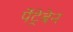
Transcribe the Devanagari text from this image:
पेंट्रेबेन